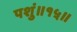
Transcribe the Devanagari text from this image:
पशुं॥१५॥